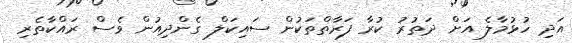
އަދި ހުޅުމާލެ އަށް ދަތުރު ކުރާ ފަރާތްތަކުން ސައިކަލް ގެންދިއުން ވެސް ރައްކާތެރި